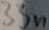
Text: 33n